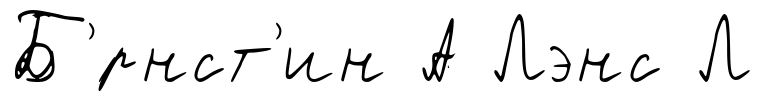
Б'́рнст'ин А Лэнс Л